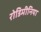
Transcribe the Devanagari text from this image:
रोडिमीनिया